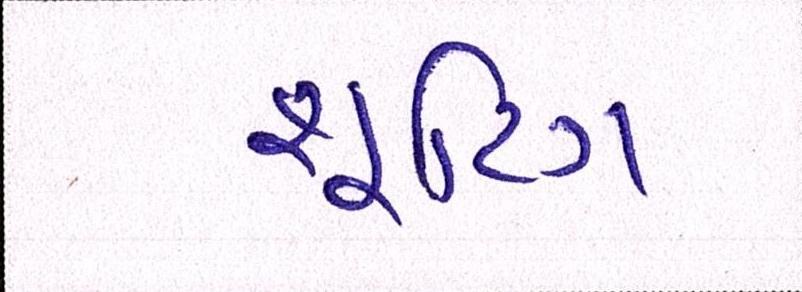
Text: શૂટિંગ